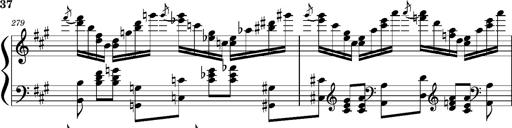
Title: Concerto sans orchestre, S.524a
Composer: Franz Liszt
Key: A major